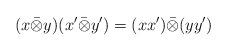
LaTeX: \begin{align*}(x\bar{\otimes} y)(x'\bar{\otimes} y')=(xx')\bar{\otimes}(yy')\end{align*}